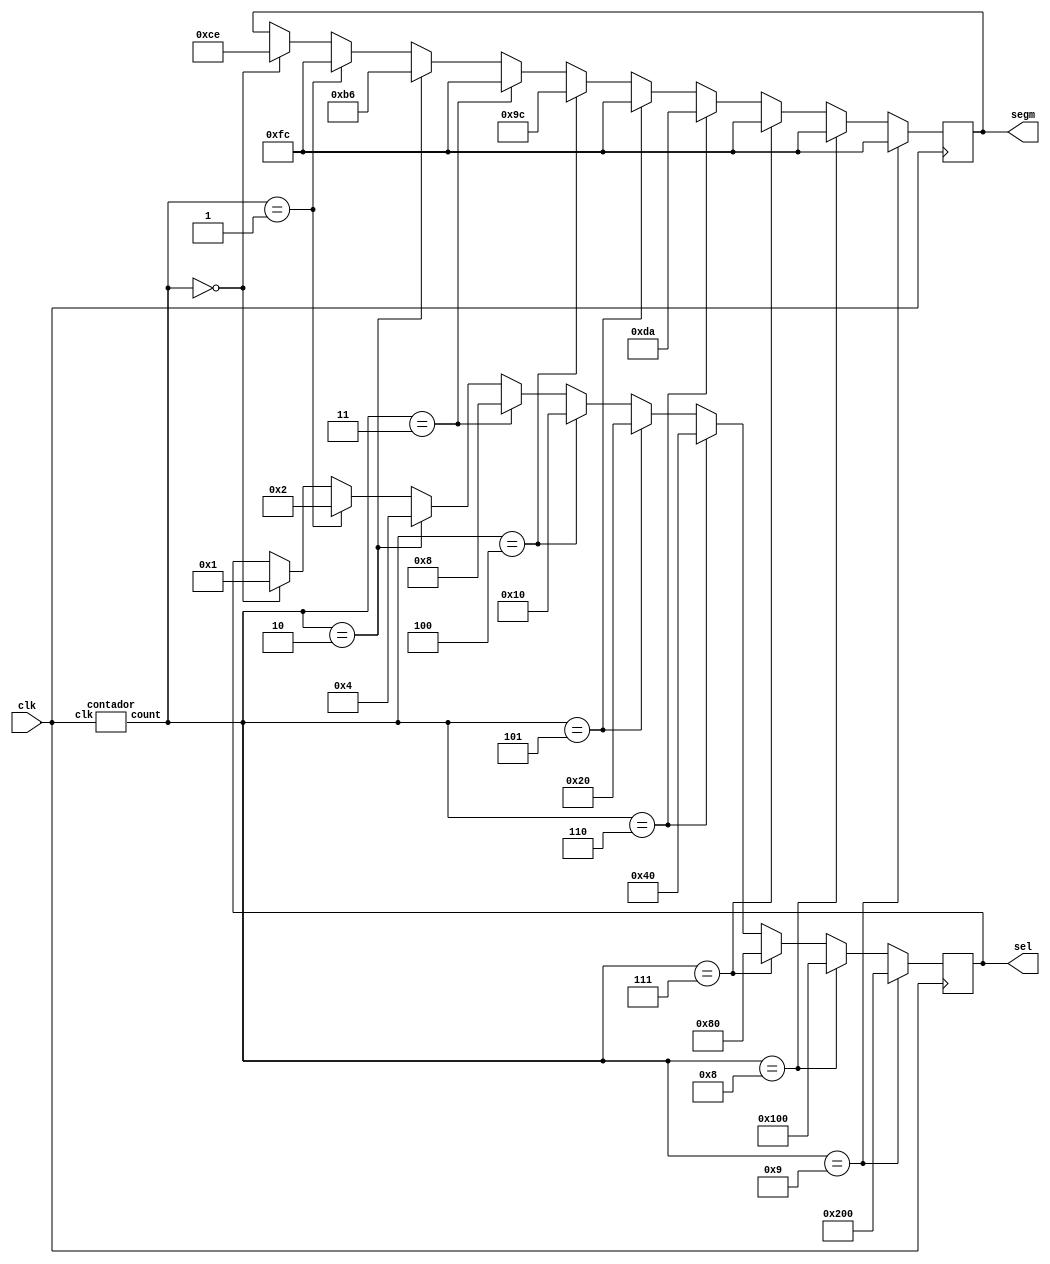


module posoco2000(
`ifdef USE_POWER_PINS
    inout vccd1,	// User area 1 1.8V supply
    inout vssd1,	// User area 1 digital ground
`endif
    input clk,
    output reg [9:0] sel,
    output reg [7:0] segm
    );
wire [3:0] cont;
contador dut(
.clk(clk),
.count(cont)
);

always@(posedge clk)
begin
    if(cont==4'b0000)
    begin
    //p
        sel=10'b0000000001;
        segm=8'b11001110;
    end

    if(cont==4'b0001)
    begin
    //o    
        sel=10'b0000000010;
        segm=8'b11111100;
    end

    if(cont==4'b0010)
    begin
    //s    
        sel=10'b0000000100;
        segm=8'b10110110;
    end

    if(cont==4'b0011)
    begin
    //o    
        sel=10'b0000001000;
        segm=8'b11111100;
    end

    if(cont==4'b0100)
    begin
    //c    
        sel=10'b0000010000;
        segm=8'b10011100;
    end

    if(cont==4'b0101)
    begin
    //o    
        sel=10'b0000100000;
        segm=8'b11111100;
    end

    if(cont==4'b0110)
    begin
    //2    
        sel=10'b0001000000;
        segm=8'b11011010;
    end 

    if(cont==4'b0111)
    begin
    //0    
        sel=10'b0010000000;
        segm=8'b11111100;
    end 

    if(cont==4'b1000)
    begin
    //0    
        sel=10'b0100000000;
        segm=8'b11111100;
    end

    if(cont==4'b1001)
    begin
    //0    
        sel=10'b1000000000;
        segm=8'b11111100;
    end
end
endmodule

module contador(count,clk);
    output [3:0] count;
    input  clk;
    
    reg [3:0] count=0;
    always @(posedge clk)
        if(count==4'd9)
            count<=4'b0;
        else
        count <= count + 1'b1;
endmodule


module luffy (
`ifdef USE_POWER_PINS
    inout vdd,		// User area 5.0V supply
    inout vss,		// User area ground
`endif);
endmodule

module Dugalba_Tec(
`ifdef USE_POWER_PINS
    inout vdd,		// User area 5.0V supply
    inout vss,		// User area ground
`endif);
endmodule

module posoco1 (
`ifdef USE_POWER_PINS
    inout vdd,		// User area 5.0V supply
    inout vss,		// User area ground
`endif);
endmodule

module posoco2 (
`ifdef USE_POWER_PINS
    inout vdd,		// User area 5.0V supply
    inout vss,		// User area ground
`endif);
endmodule

module posoco3 (
`ifdef USE_POWER_PINS
    inout vdd,		// User area 5.0V supply
    inout vss,		// User area ground
`endif);
endmodule

module cinvestav (
`ifdef USE_POWER_PINS
    inout vdd,		// User area 5.0V supply
    inout vss,		// User area ground
`endif);
endmodule